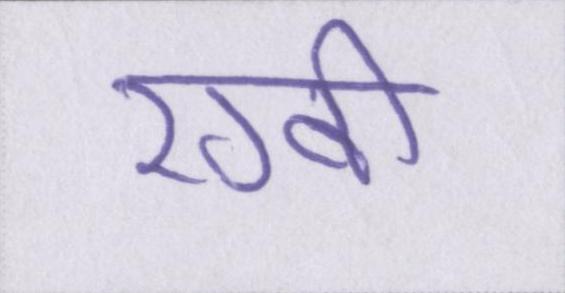
रग्बी